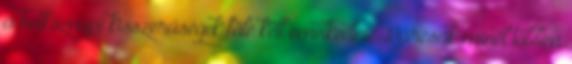
a hétköznapi kisszerűségek fölé kell emelkednie. Bárcsak minél többen